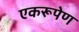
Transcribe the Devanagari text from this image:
एकरूपेण